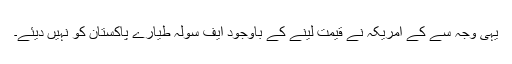
یہی وجہ سے کے امریکہ نے قیمت لینے کے باوجود ایف سولہ طیارے پاکستان کو نہیں دیئے۔